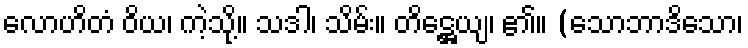
လောဟိတံ ဝိယ၊ ကဲ့သို့။ သဒါ၊ သိမ်း။ တိဋ္ဌေယျ၊ ၏။ (သောဘာဒိသော၊